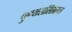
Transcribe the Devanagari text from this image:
पुण्यराशिप्राप्त